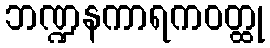
ဘဏ္ဍနကာရကဝတ္ထု